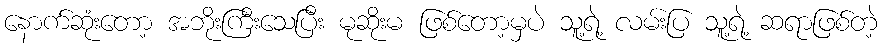
နောက်ဆုံးတော့ အဘိုးကြီးသေပြီး မုဆိုးမ ဖြစ်တော့မှပဲ သူ့ရဲ့ လမ်းပြ သူ့ရဲ့ ဆရာဖြစ်တဲ့